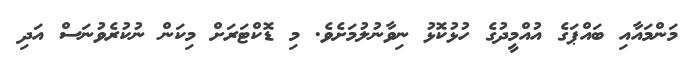
މަންމައާއި ބައްޕަގެ އުއްމީދުގެ ހުޅުކޮޅު ނިވާނުލުމަށެވެ. މި ޑޮކްޓަރަށް މިކަން ނުކުރެވުނަސް އަދި